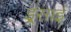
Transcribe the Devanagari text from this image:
इ्र्रसाई